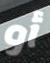
أو